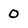
Character: 0